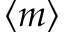
\langle m \rangle